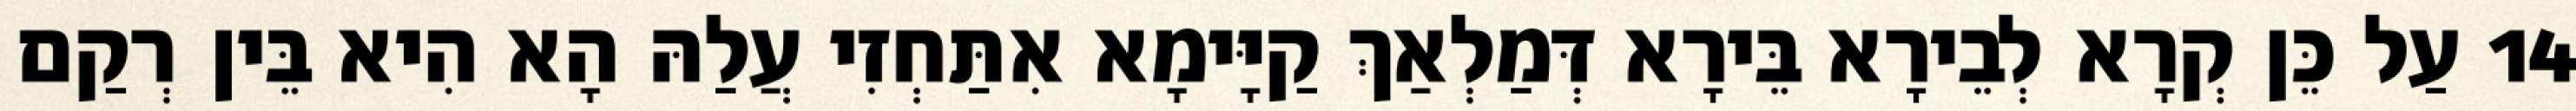
14 עַל כֵּן קְרָא לְבֵירָא בֵּירָא דְּמַלְאַךְ קַיָּימָא אִתַּחְזִי עֲלַהּ הָא הִיא בֵּין רְקַם